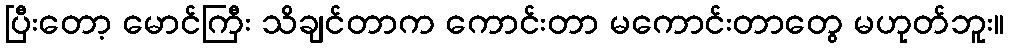
ပြီးတော့ မောင်ကြီး သိချင်တာက ကောင်းတာ မကောင်းတာတွေ မဟုတ်ဘူး။